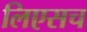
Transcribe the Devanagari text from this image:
लिएसच